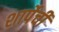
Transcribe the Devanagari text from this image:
शार्पेची